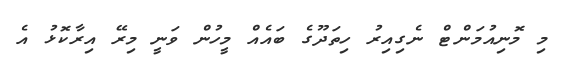
މި މޮނިއުމަންޓް ނެގިއިރު ހިތަދޫގެ ބައެއް މީހުން ވަނީ މިރޭ އިރާކޮޅު އެ